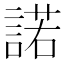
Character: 諾